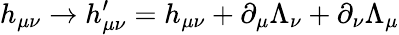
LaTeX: h_{\mu\nu}\rightarrow h_{\mu\nu}^{\prime}=h_{\mu\nu}+\partial_{\mu}\Lambda_{\nu}+\partial_{\nu}\Lambda_{\mu}